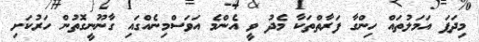
މިދަފަ އަމަލުތައް ހިންގާ ފަރާތްތަކާ މެދު ވީ އެންމެ އަވަސްމިނެއްގައި ގާނޫނީގޮތުން ހަރުކަށި